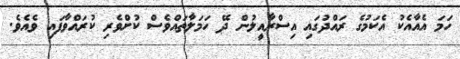
ހަމަ އެއާއެކު އެކަމުގެ ރައްދުގައި އިސްރާއީލުން ދޭ ހަމަލާތައްވެސް ކުށްވެރި ކުރައްވާފައި ވެއެވެ.